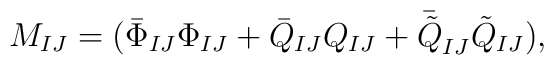
M_{IJ}=(\bar{\Phi}_{IJ}\Phi_{IJ}+\bar{Q}_{IJ}Q_{IJ}+\bar{\tilde{Q}}_{IJ}\tilde{Q}_{IJ}),